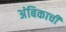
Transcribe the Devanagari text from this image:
अंबिकाची